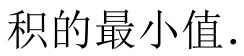
积的最小值.